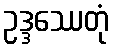
ဥဒ္ဒဿေတုံ